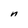
Character: n